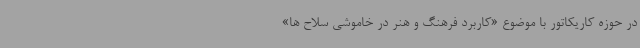
در حوزه کاریکاتور با موضوع «کاربرد فرهنگ و هنر در خاموشی سلاح ها»